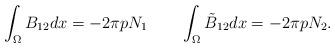
LaTeX: \begin{align*}\int_{\Omega}{B_{12}}dx=-2\pi p N_1\qquad\int_{\Omega}{\tilde{B}_{12}}dx=-2\pi pN_2.\end{align*}